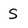
Character: S